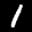
Label: 1